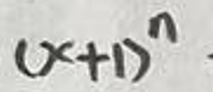
$( x + 1 ) ^ { n }$